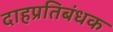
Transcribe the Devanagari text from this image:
दाहप्रतिबंधक